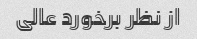
از نظر برخورد عالی